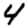
Digit: 4